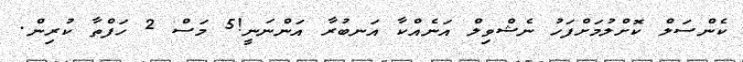
ކެންސަލް ކޮށްލުމަށްފަހު ނެޝްވިލް އަނެއްކާ އަނބުރާ އަންނަނީ!5 މަސް 2 ހަފްތާ ކުރިން.